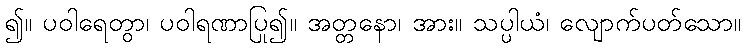
၍။ ပဝါရေတွာ၊ ပဝါရဏာပြု၍။ အတ္တနော၊ အား။ သပ္ပါယံ၊ လျောက်ပတ်သော။